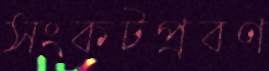
সংকটপ্রবণ